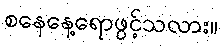
စနေနေ့ရောဖွင့်သလား။